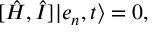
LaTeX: [ \hat { H } , \hat { I } ] \vert e _ { n } , t \rangle = 0 ,